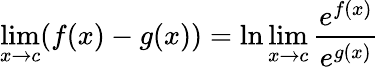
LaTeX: \operatorname*{lim}_{x\to c}(f(x)-g(x))=\ln\operatorname*{lim}_{x\to c}{\frac{e^{f(x)}}{e^{g(x)}}}